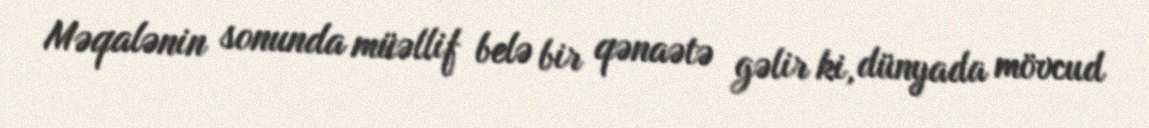
Məqalənin sonunda müəllif belə bir qənaətə gəlir ki, dünyada mövcud